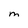
Character: M